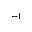
^ { - 1 }